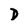
Character: D